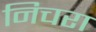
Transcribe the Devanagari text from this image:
निचरा